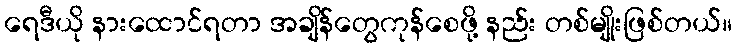
ရေဒီယို နားထောင်ရတာ အချိန်တွေကုန်စေဖို့ နည်း တစ်မျိုးဖြစ်တယ်။